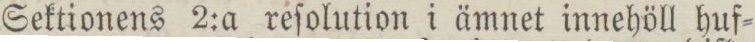
Sektionens 2:a reſolution i ämnet innehöll huf=